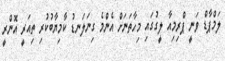
ލަމްޕާޑް ވަނީ ޕްރިމިއާ ލީގުގައި މިހާތަނަށް އެންމެ ގިނަލަނޑު ކާމިޔާބުކުރި ތިއަރީ އޮންރީ